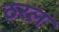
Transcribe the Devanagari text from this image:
ठरल